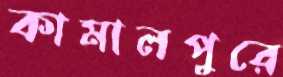
কামালপুরে